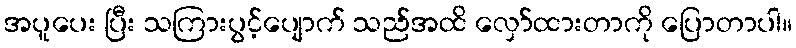
အပူပေး ပြီး သကြားပွင့်ပျောက် သည်အထိ လှော်ထားတာကို ပြောတာပါ။